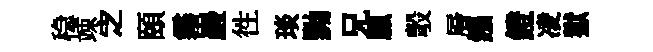
稳竦㝎頤霧巖徃琰黝兄臘彀層鏹鐙凌獄